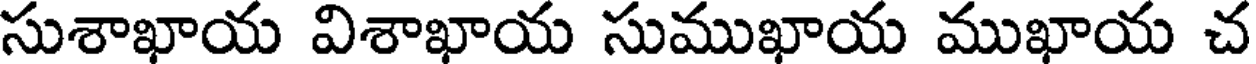
సుశాఖాయ విశాఖాయ సుముఖాయ ముఖాయ చ